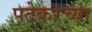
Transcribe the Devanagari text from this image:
पटेकरच्या